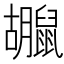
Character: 𪕮